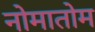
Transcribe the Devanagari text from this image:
नोमातोम